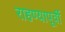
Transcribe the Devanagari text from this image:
राहण्यापूर्वी